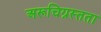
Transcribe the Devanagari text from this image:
अरूचिग्रस्तता